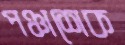
পঞ্চাশেক